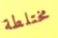
مختلطة